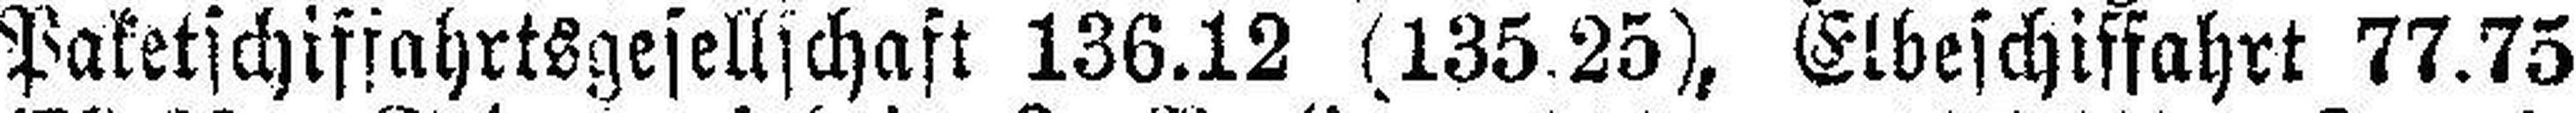
Paketschiffahrtsgesellschaft 136.12 (135.25), Elbeschiffahrt 77.75